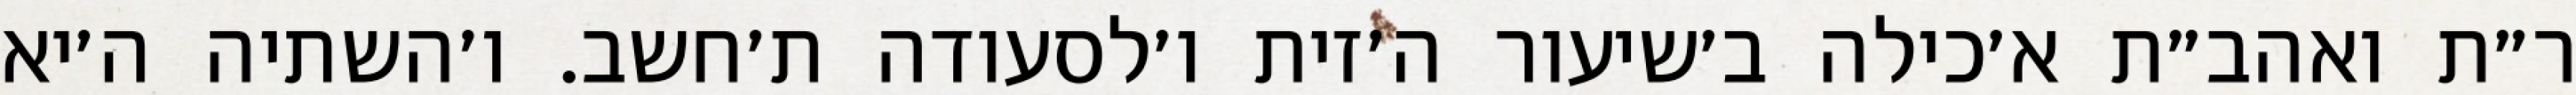
ר״ת ואהב״ת א׳כילה ב׳שיעור ה׳זית ו׳לסעודה ת׳חשב. ו׳השתיה ה׳יא